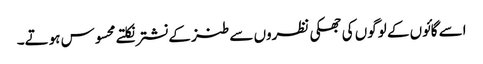
اسے گائوں کے لوگوں کی جھکی نظروں سے طنز کے نشترنکلتے محسوس ہوتے۔